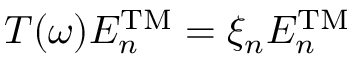
T ( \omega ) E _ { n } ^ { \mathrm { T M } } = \xi _ { n } E _ { n } ^ { \mathrm { T M } }